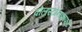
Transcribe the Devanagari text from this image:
वोलस्टोनक्राफ़्ट